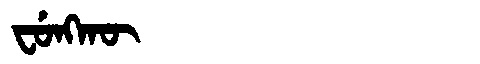
Manchu: ᠸᡠᠩᡴᡡ
Romanization: FUNGKŪ